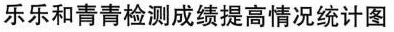
乐乐和青青检测成绩提高情况统计图